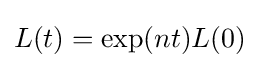
L(t)=\exp(nt)L(0)